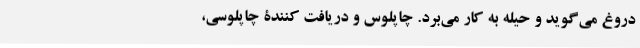
دروغ می‌گوید و حیله به کار می‌برد. چاپلوس و دریافت کنندۀ چاپلوسی،